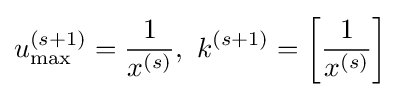
u_{\max }^{(s+1)}={\frac {1}{x^{(s)}}},\ k^{(s+1)}=\left[{\frac {1}{x^{(s)}}}\right]